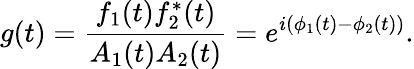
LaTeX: g(t)=\frac{f_{1}(t)f_{2}^{*}(t)}{A_{1}(t)A_{2}(t)}=e^{i(\phi_{1}(t)-\phi_{2}(t))}.